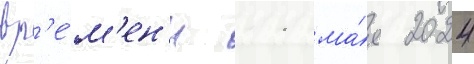
вр'е́м'ен'и 11 ма́я 2024